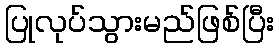
ပြုလုပ်သွားမည်ဖြစ်ပြီး